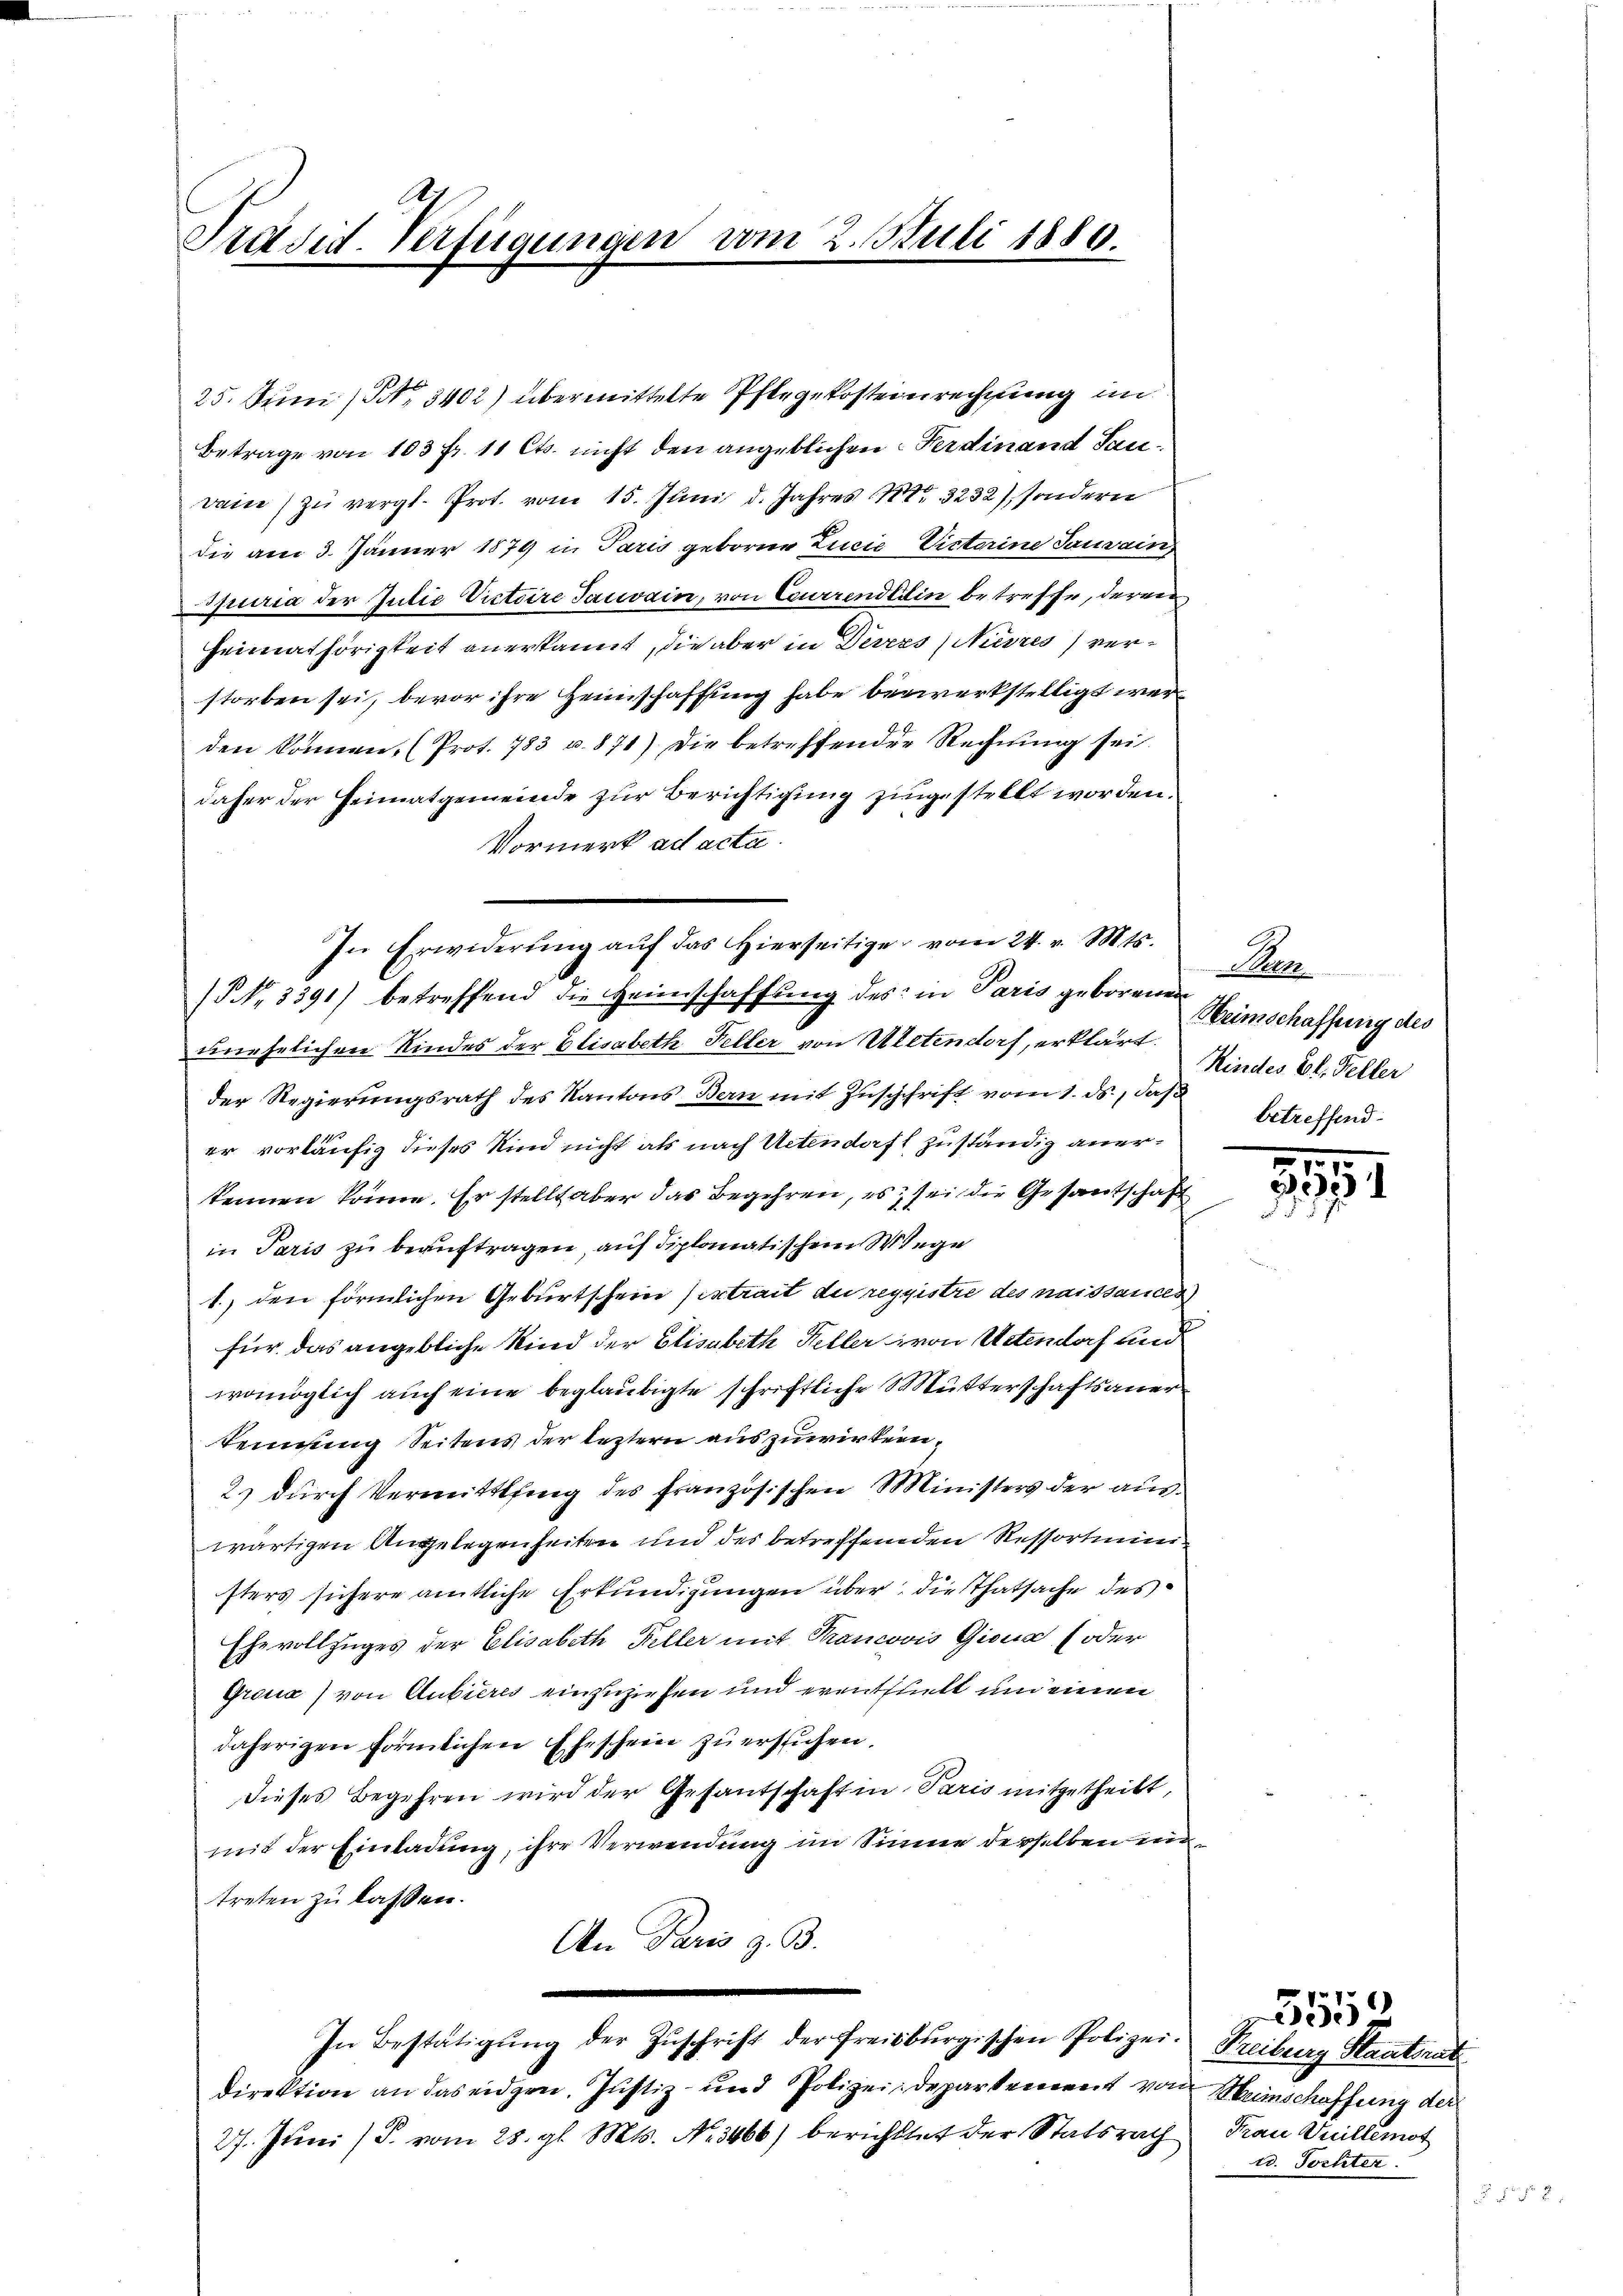
Präsid. Verfügungen vom 2. Juli 1880.

25. Juni (N. 3402) übermittelte Pflegekosteinrechnung im
Betrage von 103 fr. 11 Cts. nicht den angeblichen. Ferdinand Sau¬
Dain zŭ vergl. Prot. vom 15. Juni d. Jahres Nr. 3232), sondern
die am 3. Jänner 1879 in Paris geboren Linie Visterine Tauvain
Spuria der Intie Victoire Tauvain, von Currendedin betreffe, deren
Heimathörigkeit anerkannt, die aber in Devers (Nisres verstorben sei, bevor ihre Heimschaffung habe bezwerkstelligt werden können, (Prot. 783 u. 871) Die betreffenden Rechnung sei.
daher der Heimatgemeinde zur Berichtigung zugestellt worden.
Vormerk ad acta.
(Nr. 3391) betreffend die Heimschaffŭng des in Paris geborenen
unehelichen Kindes der Elisabeth Feller von Uletendorf, erklärt. Kinder Bl. Feller
der Regierungsrath des Kantons Bern mit Zuschrift vom 1. ds., daß
er vorläufig dieses Kind nicht als nach Uetendorff zuständig anerkennen könne. Er stellt aber das Begehren, es sei die Gesantschaft
in Paris zu beauftragen, auf diplomatischem Wege
1., den förmlichen Geburtschein extrait du registre des naissancen
für das angebliche Kind der Elisabeth Keller von Uetendorf und
womöglich auch eine beglaubigte schriftliche Mutterschaftsauer
Teinung Seitens der leztern auszuwirkenn¬
2) durch Vermittling des französischen Ministers der auswärtigen Angelegenheiten und des betreffenden Ressortministers sichere amtliche Erkundigungen über die Thatsache des
Ehevollzuges der Elisabeth Keller mit Francovis Giova (oder
Groua) von Anbieres einzuziehen und erenthielt und einen
daherigen förmlichen Eheschein zu erstichen.
dieses Begehren wird der Gesantschaft in Paris mitgetheilt,
mit der Einladung, ihre Verwendung im Sinne derselben eintreten zu lassen.
An Paris z. B.
e
In Bestätigŭng der Zŭschrift der freisburgischen Polizei- Treiburg Staatsrat
direktion an das eidgen. Justiz- und Polizei Departement von Weinschaffung der
27. Juni (S. vom 28. gl. Mts. Nr. 3466) berichttet der Statsrath

In Erwiderung auf das hierseitige vom 24. v. Mts.

Bern.
Heimschaffung des
betreffend:

291

Frau Juillemot
r. Tochter.

3550